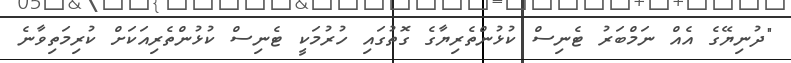
"ދުނިޔޭގެ އެއް ނަމްބަރު ޓެނިސް ކުޅުންތެރިޔާގެ ގޮތުގައި ހުރުމަކީ ޓެނިސް ކުޅުންތެރިއަކަށް ކުރިމަތިވާނެ